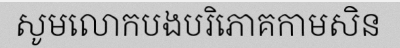
សូមលោកបងបរិភោគកាមសិន